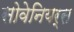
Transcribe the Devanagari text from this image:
सोवेनियर्स